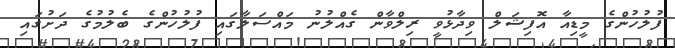
ފުލުހުންގެ މީޑިއާ އޮފިޝަލް ވިދާޅުވީ ރިލްވާން ގެއްލުނު މައްސަލާގައި ފުލުހުންގެ ބެލުމުގެ ދަށުގައި